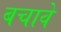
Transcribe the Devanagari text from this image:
बचावे